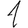
Digit: 1